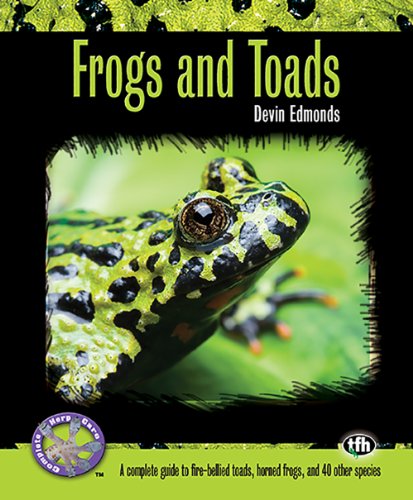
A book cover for Frogs and Toads (Complete Herp Care); Devin Edmonds; Crafts, Hobbies & Home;